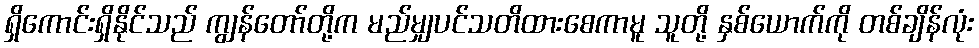
ရှိကောင်းရှိနိုင်သည် ကျွန်တော်တို့က မည်မျှပင်သတိထားစေကာမူ သူတို့ နှစ်ယောက်ကို တစ်ချိန်လုံး